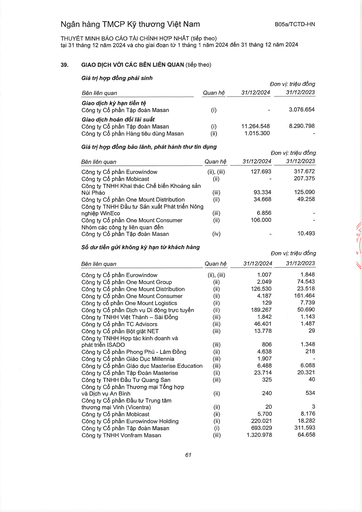
||||Đơn vị: triệu đồng| |---|---|---|---| |Bên liên quan|Quan hệ|31/12/2024|31/12/2023| |Giao dịch kỳ hạn tiền tệ|||| |Công ty Cổ phần Tập đoàn Masan|(i)||3.076.654| |Giao dịch hoán đổi lãi suất|||| |Công ty Cổ phần Tập đoàn Masan|(i)|11.264.548|8.290.798| |Công ty Cổ phần Hàng tiêu dùng Masan|(ii)|1.015.300|| ||||Vị: triệu| |---|---|---|---| |Bên liên quan|Quan hệ|31/12/2024|31/12/2023| |Công ty Cổ phần Eurowindow|(ii), (iii)|127.693|317.672| |Công ty Cổ phần Mobicast|(ii)|-|207.375| |Công ty TNHH Khai thác Chế biến Khoáng sản Núi Pháo|(iii)|93.334|125.090| |Công ty Cổ phần One Mount Distribution|(ii)|34.668|49.258| |Công ty TNHH Đầu tư Sản xuất Phát triển Nông nghiệp WinEco|(iii)|6.856|-| |Công ty Cổ phần One Mount Consumer|(ii)|106.000|| |Nhóm các công ty liên quan đến Công ty Cổ phần Tập đoàn Masan|(iv)||10.493| ||||| |---|---|---|---| |Bên liên quan|Quan hệ|31/12/2024|31/12/2023| |Công ty Cổ phần Eurowindow|(ii), (iii)|1.007|1.848| |Công ty Cổ phần One Mount Group|(ii)|2.049|74.543| |Công ty Cổ phần One Mount Distribution|(ii)|126.530|23.518| |Công ty Cổ phần One Mount Consumer|(ii)|4.187|161.464| |Công ty Cổ phần One Mount Logistics|(ii)|129|7.739| |Công ty Cổ phần Dịch vụ Di động Trực tuyến|(ii)|189.267|50.690| |Công ty TNHH Việt Thành - Sài Đông|(iii)|1.842|1.143| |Công ty Cổ phần TC Advisors|(iii)|46.401|1.487| |Công ty Cổ phần Bột giặt NET|(iii)|13.778|29| |Công ty TNHH Hợp tác Kinh doanh và Phát triển ISADO|(iii)|806|1.348| |Công ty Cổ phần Phong Phú Đông|(ii)|4.638|218| |Công ty Cổ phần Giáo Dục Millennia|(iii)|1.907|-| |Công ty Cổ phần Giáo dục Masterise Education|(iii)|6.488|6.088| |Công ty Cổ phần Tập Đoàn Masterise|(ii)|23.714|20.321| |Công ty TNHH Đầu Tư Quang Sản|(iii)|325|40| |Công ty Cổ phần Thương mại Tổng hợp và Dịch vụ An Bình|(ii)|240|534| |Công ty Cổ phần Đầu tư Trung tâm Thương mại Vinh (Vicentra)|(ii)|20|3| |Công ty Cổ phần Mobicast|(ii)|5.700|8.176| |Công ty Cổ phần Eurowindow Holding|(ii)|220.021|18.282| |Công ty Cổ phần Tập đoàn Masan|(i)|693.029|311.593| |Công ty TNHH Vonfram Masan|(iii)|1.320.978|64.658|